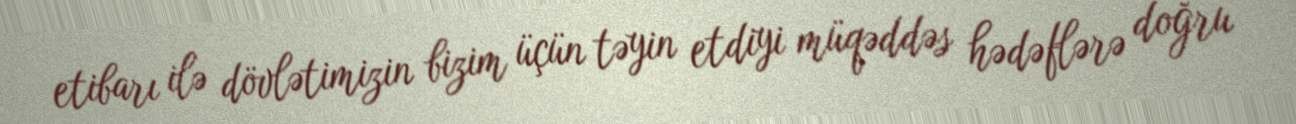
etibarı ilə dövlətimizin bizim üçün təyin etdiyi müqəddəs hədəflərə doğru